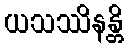
ယသဿိနန္တိ